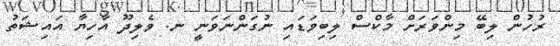
ރުހުން ލިބޭ މިންވަރަށް މާކްސް ލިބިވަޑައި ނުގަންނަވަނީ ނ. ވެލިދޫ އާހިޔާ އައިޝަތު